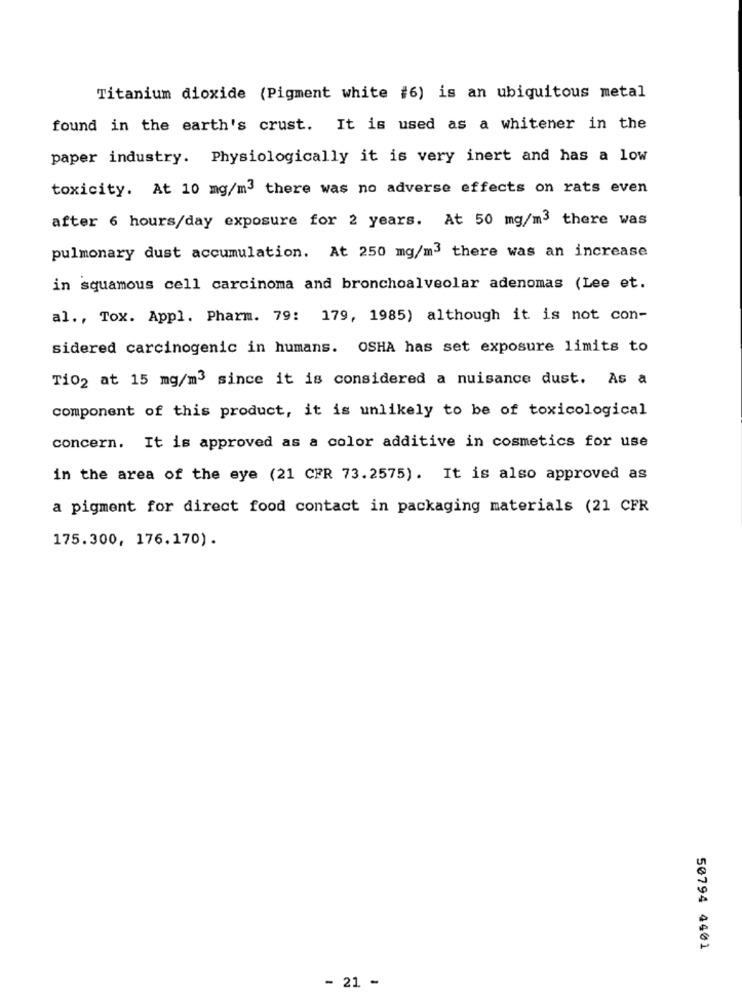
Titanium dioxide (Pigment white #6) is an ubiquitous metal
found in the earth's crust. It is used as a whitener in the
paper industry. Physiologically it is very inert and has a low
toxicity. At 10 mg/m3 there was no adverse effects on rats even
after 6 hours/day exposure for 2 years. At 50 mg/m3 there was
pulmonary dust accumulation. At 250 mg/m3 there was an increase
in squamous cell carcinoma and bronchoalveolar adenomas (Lee et.
al ., Tox. Appl. Pharm. 79: 179, 1985) although it is not con-
sidered carcinogenic in humans. OSHA has set exposure limits to
Ti02 at 15 mg/m3 since it is considered a nuisance dust. As a
component of this product, it is unlikely to be of toxicological
concern. It is approved as a color additive in cosmetics for use
in the area of the eye (21 CFR 73.2575). It is also approved as
a pigment for direct food contact in packaging materials (21 CFR
175.300, 176.170).
50794 4401
- 21 -